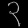
Digit: ၃